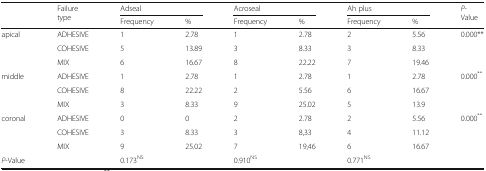
<table><thead><tr><td rowspan="2"></td><td rowspan="2"><b>Failure type</b></td><td colspan="2"><b>Adseal</b></td><td colspan="2"><b>Acroseal</b></td><td colspan="2"><b>Ah plus</b></td><td rowspan="2"><b><i>P</i>-Value</b></td></tr><tr><td><b>Frequency</b></td><td><b>%</b></td><td><b>Frequency</b></td><td><b>%</b></td><td><b>Frequency</b></td><td><b>%</b></td></tr></thead><tbody><tr><td rowspan="3">apical</td><td>ADHESIVE</td><td>1</td><td>2.78</td><td>1</td><td>2.78</td><td>2</td><td>5.56</td><td rowspan="3">0.000**</td></tr><tr><td>COHESIVE</td><td>5</td><td>13.89</td><td>3</td><td>8.33</td><td>3</td><td>8.33</td></tr><tr><td>MIX</td><td>6</td><td>16.67</td><td>8</td><td>22.22</td><td>7</td><td>19.46</td></tr><tr><td rowspan="3">middle</td><td>ADHESIVE</td><td>1</td><td>2.78</td><td>1</td><td>2.78</td><td>1</td><td>2.78</td><td rowspan="3">0.000<sup>**</sup></td></tr><tr><td>COHESIVE</td><td>8</td><td>22.22</td><td>2</td><td>5.56</td><td>6</td><td>16.67</td></tr><tr><td>MIX</td><td>3</td><td>8.33</td><td>9</td><td>25.02</td><td>5</td><td>13.9</td></tr><tr><td rowspan="3">coronal</td><td>ADHESIVE</td><td>0</td><td>0</td><td>2</td><td>2.78</td><td>2</td><td>5.56</td><td rowspan="3">0.000<sup>**</sup></td></tr><tr><td>COHESIVE</td><td>3</td><td>8.33</td><td>3</td><td>8,33</td><td>4</td><td>11.12</td></tr><tr><td>MIX</td><td>9</td><td>25.02</td><td>7</td><td>19,46</td><td>6</td><td>16.67</td></tr><tr><td colspan="2"><i>P</i>-Value</td><td colspan="2">0.173<sup>NS</sup></td><td colspan="2">0.910<sup>NS</sup></td><td colspan="2">0.771<sup>NS</sup></td><td></td></tr></tbody></table>